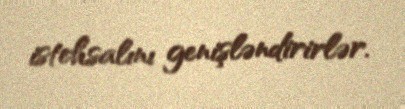
istehsalını genişləndirirlər.